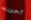
أحرزت